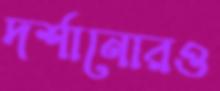
দর্শানোরও